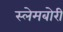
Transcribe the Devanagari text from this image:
स्‍लेमबोरी